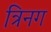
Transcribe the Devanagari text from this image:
त्रिनग